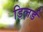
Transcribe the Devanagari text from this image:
डिलर्ड